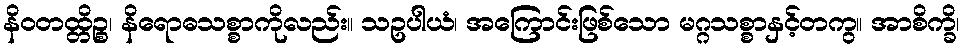
နိဝတထ္တိဉ္စ၊ နိရောဓသစ္စာကိုလည်း။ သဥပါယံ၊ အကြောင်းဖြစ်သော မဂ္ဂသစ္စာနှင့်တကွ။ အာစိက္ခိ၊